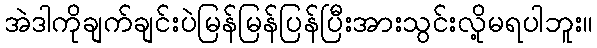
အဲဒါကိုချက်ချင်းပဲမြန်မြန်ပြန်ပြီးအားသွင်းလို့မရပါဘူး။